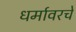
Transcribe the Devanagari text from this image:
धर्मावरचे